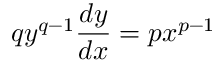
q y ^ { q - 1 } { \frac { d y } { d x } } = p x ^ { p - 1 }